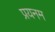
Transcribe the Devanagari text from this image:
प्रयनम